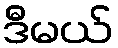
ဒီမယ်